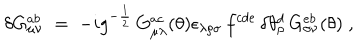
\delta G _ { \mu \nu } ^ { a b } \; = \; - i g ^ { - \frac { 1 } { 2 } } \, G _ { \mu \lambda } ^ { a c } ( \theta ) \epsilon _ { \lambda \rho \sigma } \, f ^ { c d e } \, \delta \theta _ { \rho } ^ { d } \, G _ { \sigma \nu } ^ { e b } ( \theta ) \; ,